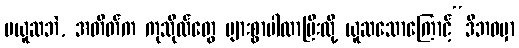
မယူဆဘဲ, အတိတ်က ကုသိုလ်တွေ များစွာပါလာပြီးလို့ ယူဆသောကြောင့်“ဒီဘဝမှာ